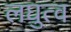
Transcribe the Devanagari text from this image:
लघुत्व